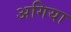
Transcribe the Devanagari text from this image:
अगिया